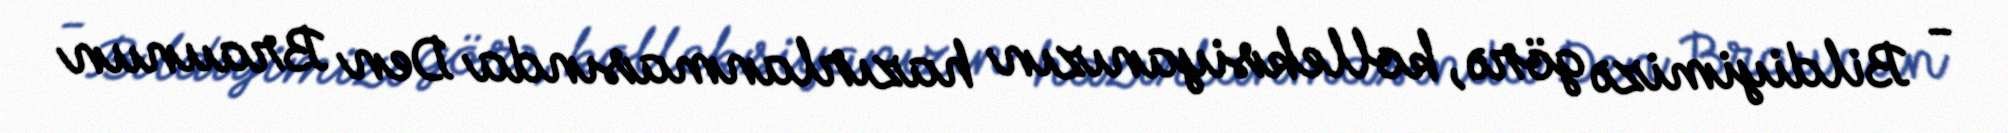
- Bildiyimizə görə, kolleksiyanızın hazırlanmasında Den Braunun